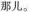
那儿.